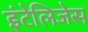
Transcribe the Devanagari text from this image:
इंटेलिजेस